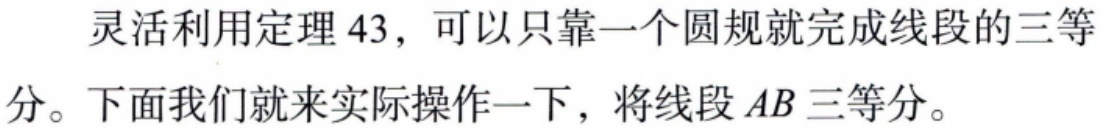
灵活利用定理 43，可以只靠一个圆规就完成线段的三等分。下面我们就来实际操作一下，将线段 \(AB\) 三等分。